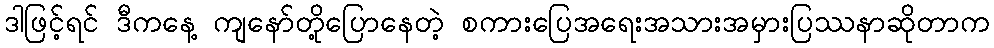
ဒါဖြင့်ရင် ဒီကနေ့ ကျနော်တို့ပြောနေတဲ့ စကားပြေအရေးအသားအမှားပြဿနာဆိုတာက